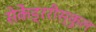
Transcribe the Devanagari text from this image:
सेकेंड्ररीस्कूल